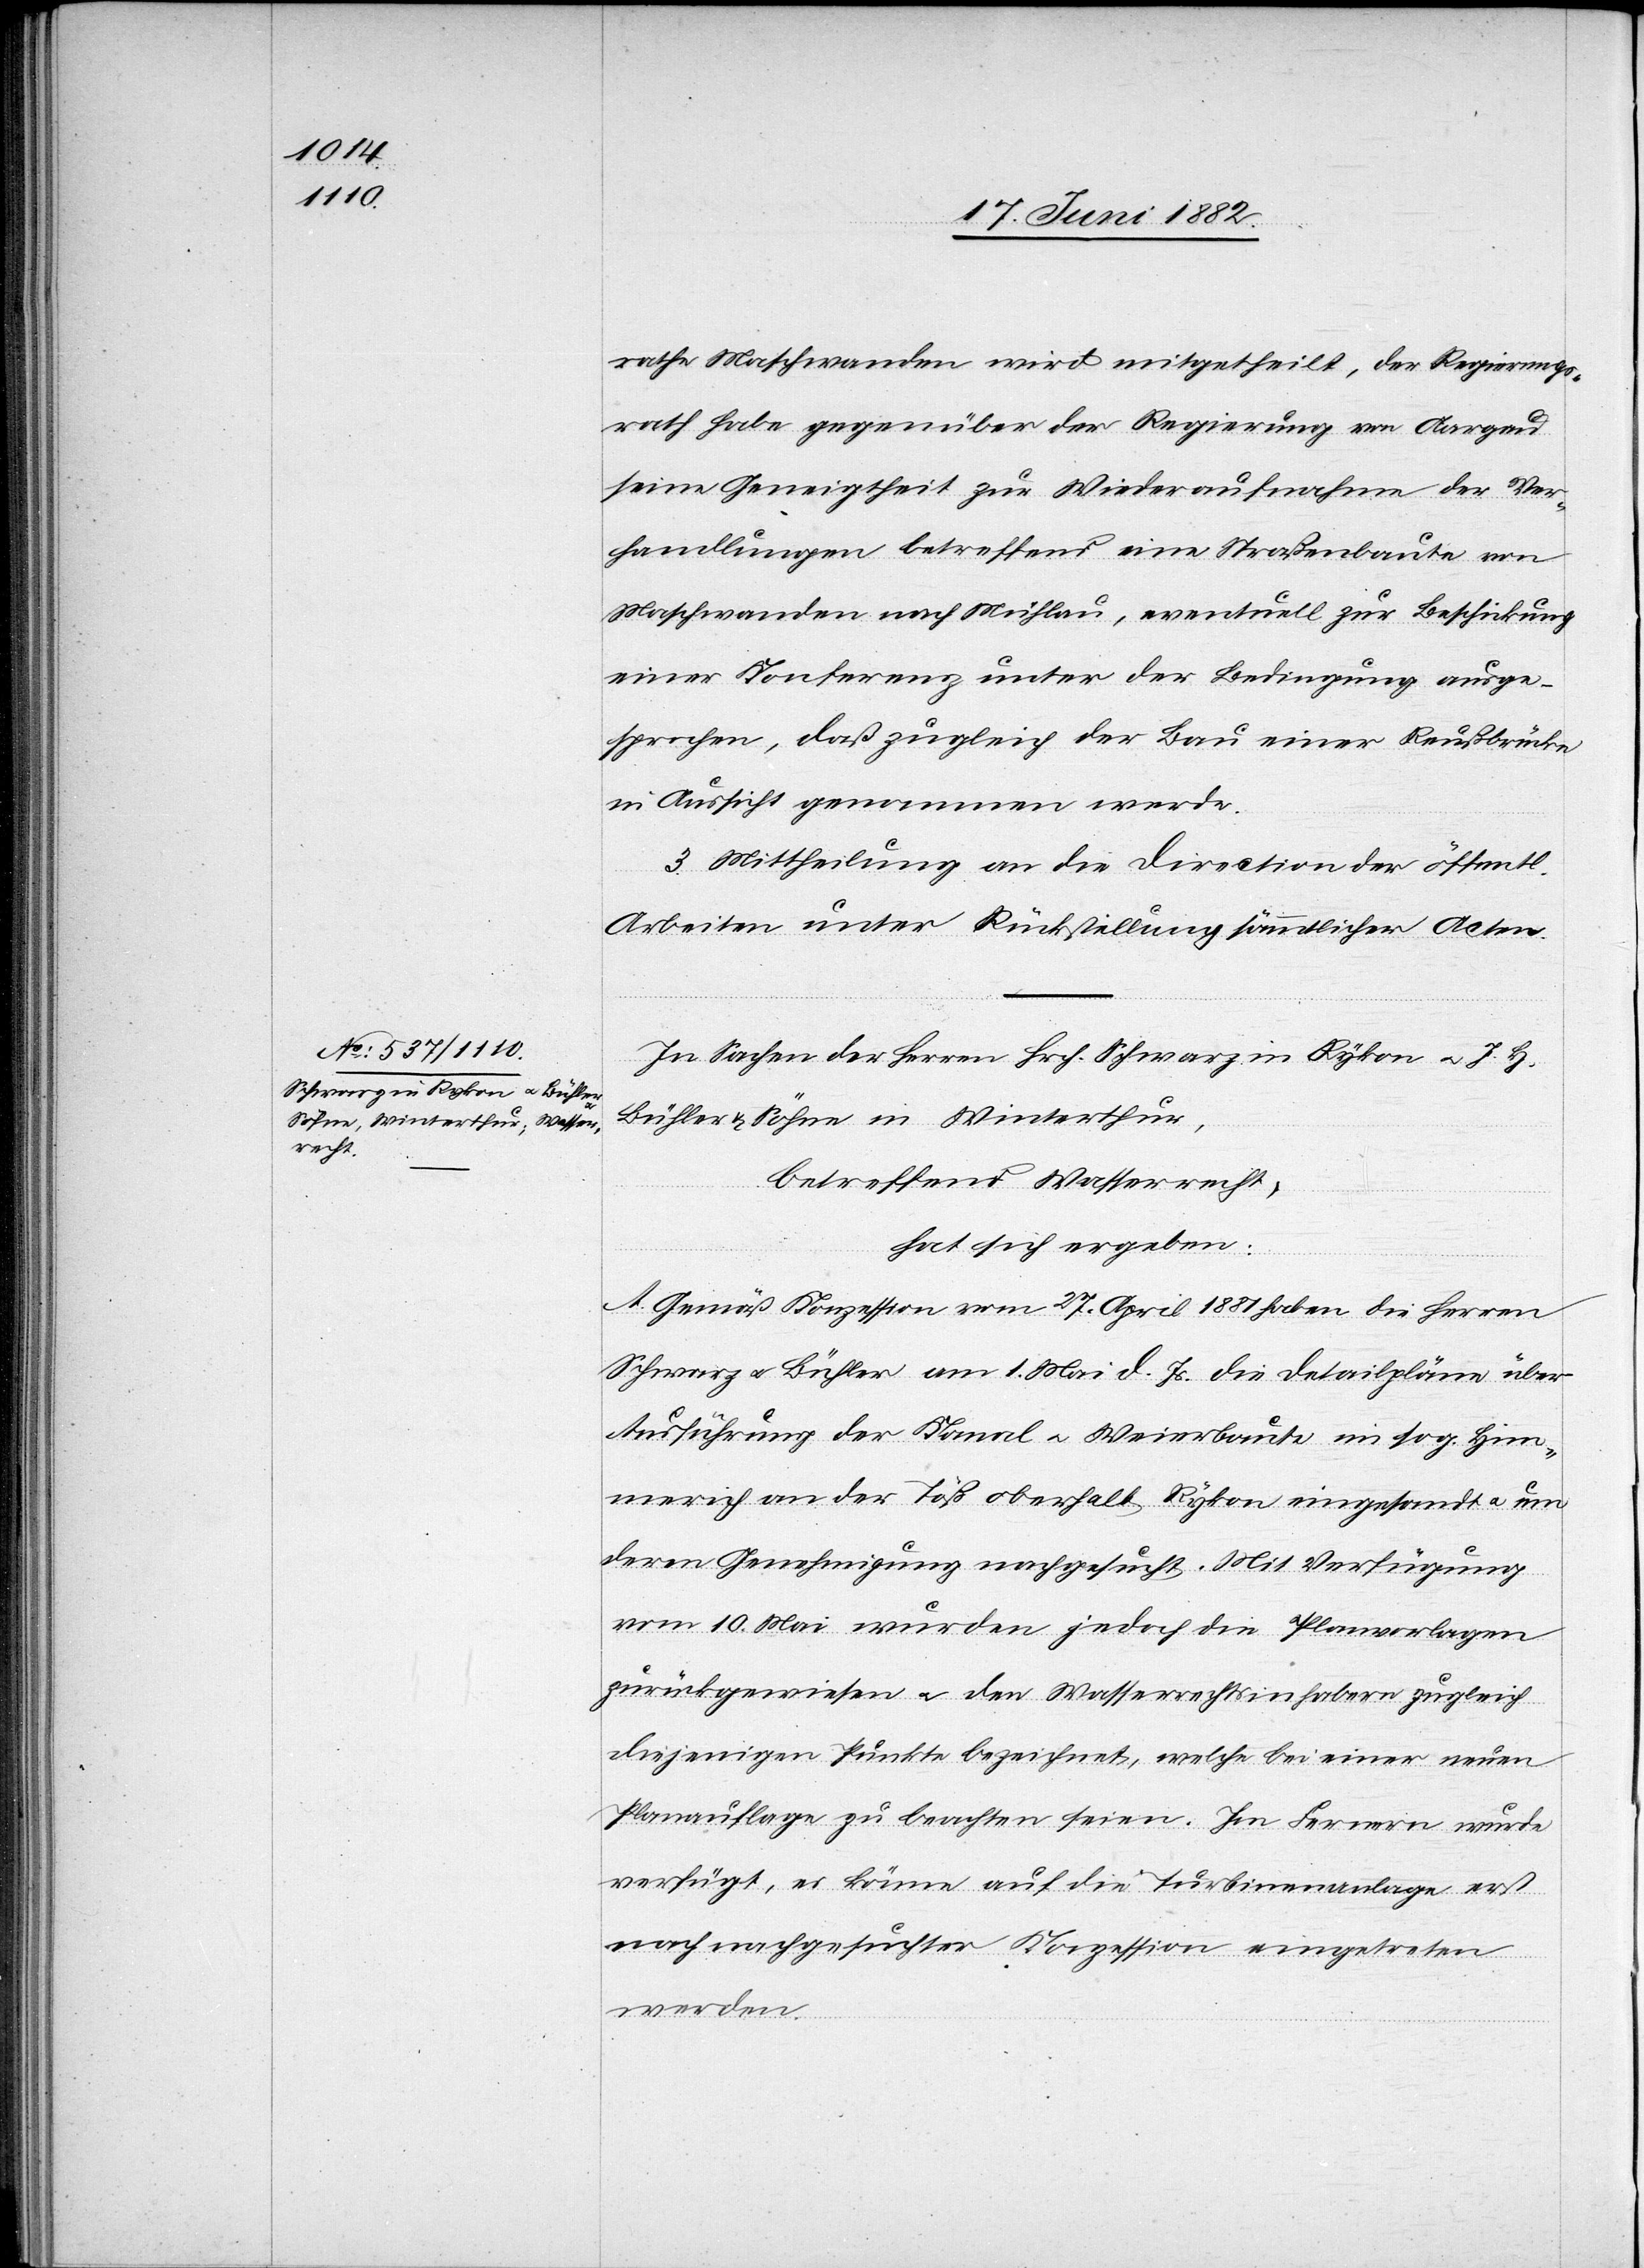
rathe Maschwanden wird mitgetheilt, der Regierungs¬
rath habe gegenüber der Regierung von Aargau
seine Geneigtheit zur Wiederaufnahme der Ver¬
handlungen betreffend eine Straßenbaute von
Maschwanden nach Mühlau, eventuell zur Beschickung
einer Konferenz unter der Bedingung ausge¬
sprochen, daß zugleich der Bau einer Reußbrücke
in Aussicht genommen werde.
3. Mittheilung an die Direction der öffentl.
Arbeiten unter Rückstellung sämmtlicher Acten.
In Sachen der Herren Hrch. Schwarz in Rykon u. J. H.
Bühler & Söhne in Winterthur,
betreffend Wasserrecht,
hat sich ergeben:
A. Gemäß Konzession vom 27. April 1881 haben die Herren
Schwarz u. Bühler am 1. Mai d. Js. die Detailpläne über
Ausführung der Kanal[-] u. Weierbaute im sog. Him¬
merich an der Töß oberhalb Rykon eingesandt u. um
deren Genehmigung nachgesucht. Mit Verfügung
vom 10. Mai wurden jedoch die Planvorlagen
zurückgewiesen u. den Wasserrechtsinhabern zugleich
diejenigen Punkte bezeichnet, welche bei einer neuen
Planauflage zu beachten seien. Im Fernern wurde
verfügt, es könne auf die Turbinenanlage erst
nach nachgesuchter Konzession eingetreten
werden.